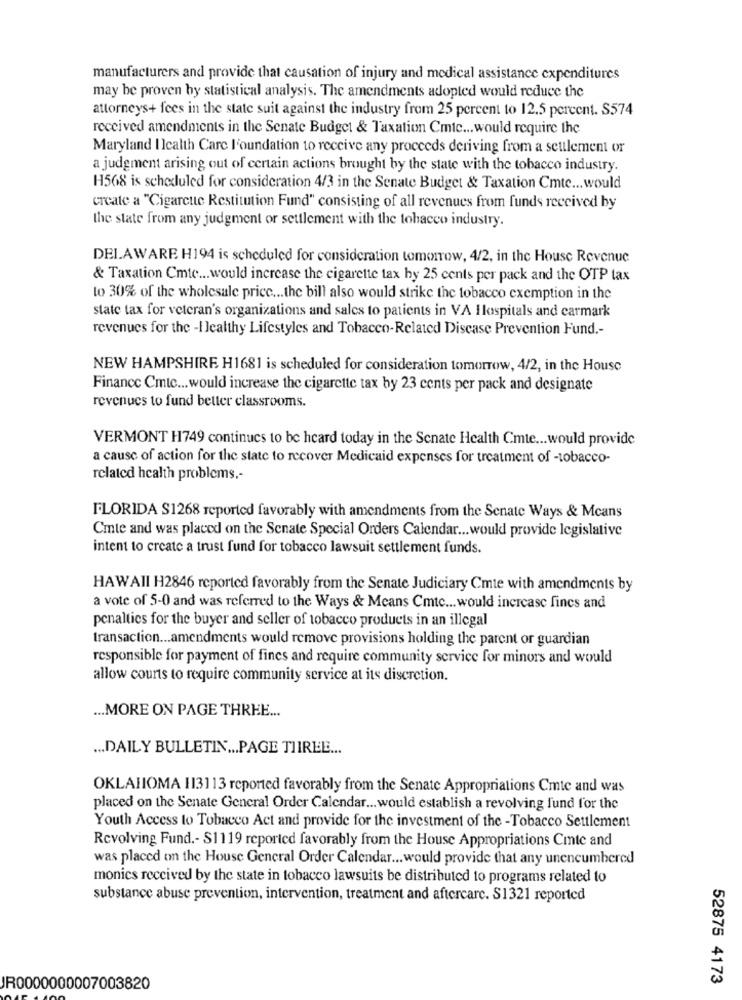
manufacturers and provide that causation of injury and medical assistance expenditures
may be proven by statistical analysis. The amendments adopted would reduce the
attorneys+ fees in the state suit against the industry from 25 percent to 12.5 percent. S574
received amendments in the Senate Budget & Taxation Cmtc ... would require the
Maryland Ilcalth Carc l'oundation to receive any proceeds deriving from a seulement or
a judgment arising out of certain actions brought by the state with the tobacco industry.
H568 is scheduled for consideration 4/3 in the Senate Budget & Taxation Cmte ... would
create a "Cigarcute Restitution Fund" consisting of all revenues from funds received by
the state from any judgment or settlement with the tobacco industry.
DELAWARE H194 is scheduled for consideration tomorrow, 4/2, in the House Revenue
& Taxation Cmte ... would increase the cigarette tax hy 25 cents per pack and the OTP tax
to 30% of the wholesale price ... the bill also would strike the tobacco exemption in the
state tax for veteran's organizations and sales to patients in VA Hospitals and carmark
revenues for the -I Jealthy Lifestyles and Tobacco-Related Disease Prevention Fund .-
NEW HAMPSHIRE H1681 is scheduled for consideration tomorrow, 4/2, in the House
Finance Cmtc ... would increase the cigarette tax by 23 cents per pack and designate
revenues to fund better classrooms.
VERMONT H749 continues to be heard today in the Senate Health Cmte ... would provide
a cause of action for the state to recover Medicaid expenses for treatment of -tobacco-
related health problems .-
FLORIDA $1268 reported favorably with amendments from the Senate Ways & Means
Cmte and was placed on the Senate Special Orders Calendar ... would provide legislative
intent to create a trust fund for tobacco lawsuit settlement funds.
HAWAII H2846 reported favorably from the Senate Judiciary Cmte with amendments by
a vote of 5-0 and was referred to the Ways & Means Cmtc ... would increase fincs and
penalties for the buyer and seller of tobacco products in an illegal
transaction ... amendments would remove provisions holding the parent or guardian
responsible for payment of fines and require community service for minors and would
allow courts to require community service at its discretion.
... MORE ON PAGE THREE ...
... DAILY BULLETIN ... PAGE TIIREE ...
OKLAHOMA 113113 reported favorably from the Senate Appropriations Cmte and was
placed on the Senate General Order Calendar ... would establish a revolving fund for the
Youth Access to Tobacco Act and provide for the investment of the -Tobacco Settlement
Revolving Fund .- S1119 reported favorably from the House Appropriations Cmte and
was placed on the House General Order Calendar ... would provide that any unencumbered
monics received by the state in tobacco lawsuits be distributed to programs related to
substance abuse prevention, intervention, treatment and aftercare. S1321 reported
52875 4173
JR0000000007003820